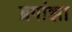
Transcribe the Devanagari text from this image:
ब्रगांझा